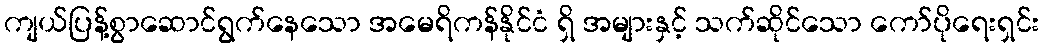
ကျယ်ပြန့်စွာဆောင်ရွက်နေသော အမေရိကန်နိုင်ငံ ရှိ အများနှင့် သက်ဆိုင်သော ကော်ပိုရေးရှင်း